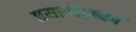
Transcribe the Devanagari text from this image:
एयरवेज़का